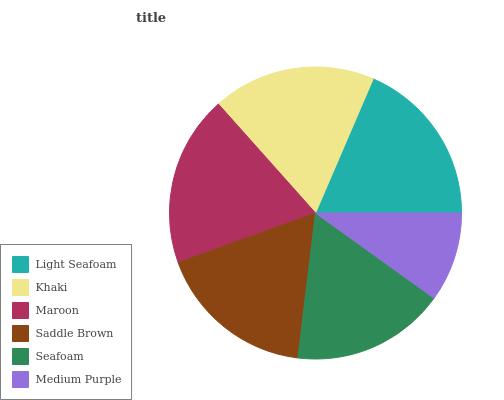
| Light Seafoam | Khaki | Maroon | Saddle Brown | Seafoam | Medium Purple |
 | --- | --- | --- | --- | --- | --- |
 | 18.5% | 18% | 19% | 17.5% | 17.1% | 9.93% |